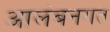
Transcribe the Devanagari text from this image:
आलंबनगत